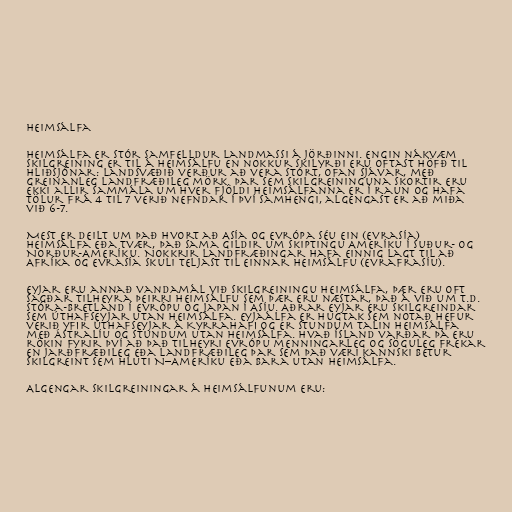
Heimsálfa

Heimsálfa er stór samfelldur landmassi á Jörðinni. Engin nákvæm
skilgreining er til á heimsálfu en nokkur skilyrði eru oftast höfð til
hliðsjónar: landsvæðið verður að vera stórt, ofan sjávar, með
greinanleg landfræðileg mörk. Þar sem skilgreininguna skortir eru
ekki allir sammála um hver fjöldi heimsálfanna er í raun og hafa
tölur frá 4 til 7 verið nefndar í því samhengi, algengast er að miða
við 6-7.

Mest er deilt um það hvort að Asía og Evrópa séu ein (Evrasía)
heimsálfa eða tvær, það sama gildir um skiptingu Ameríku í Suður- og
Norður-Ameríku. Nokkrir landfræðingar hafa einnig lagt til að
Afríka og Evrasía skuli teljast til einnar heimsálfu (Evrafrasíu).

Eyjar eru annað vandamál við skilgreiningu heimsálfa, þær eru oft
sagðar tilheyra þeirri heimsálfu sem þær eru næstar, það á við um t.d.
Stóra-Bretland í Evrópu og Japan í Asíu. Aðrar eyjar eru skilgreindar
sem úthafseyjar utan heimsálfa. Eyjaálfa er hugtak sem notað hefur
verið yfir úthafseyjar á Kyrrahafi og er stundum talin heimsálfa
með Ástralíu og stundum utan heimsálfa. Hvað Ísland varðar þá eru
rökin fyrir því að það tilheyri Evrópu menningarleg og söguleg frekar
en jarðfræðileg eða landfræðileg þar sem það væri kannski betur
skilgreint sem hluti N–Ameríku eða bara utan heimsálfa.

Algengar skilgreiningar á heimsálfunum eru: